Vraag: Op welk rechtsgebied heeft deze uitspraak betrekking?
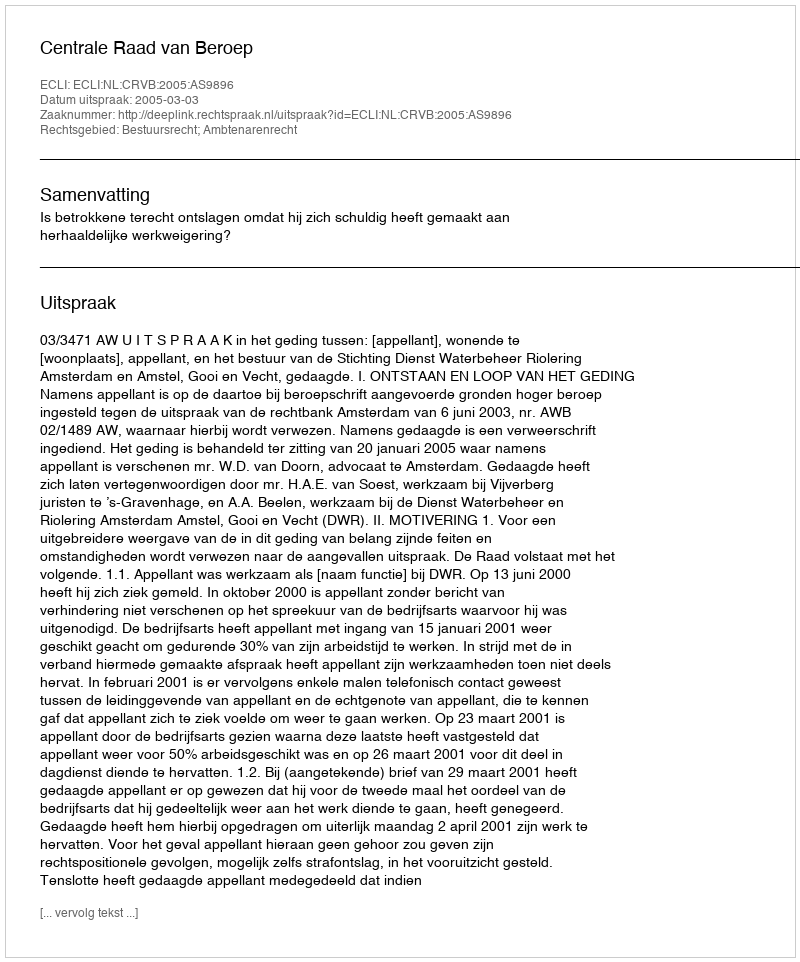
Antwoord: Bestuursrecht; Ambtenarenrecht